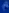
â